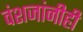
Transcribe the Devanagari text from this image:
वंशजांनीही